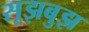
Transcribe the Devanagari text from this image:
सूझबुझ